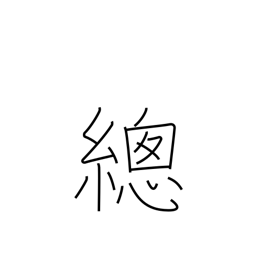
Meaning: overall